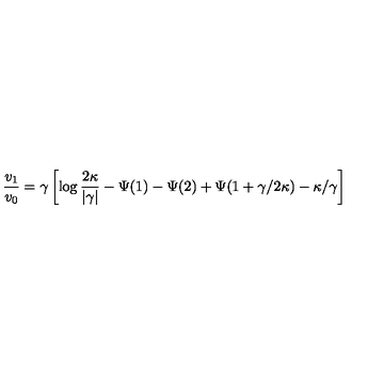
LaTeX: \frac { v _ { 1 } } { v _ { 0 } } = \gamma \left[ \log \frac { 2 \kappa } { | \gamma | } - \Psi ( 1 ) - \Psi ( 2 ) + \Psi ( 1 + \gamma / 2 \kappa ) - \kappa / \gamma \right]